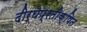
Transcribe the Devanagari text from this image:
दीर्घप्रतीक्षित